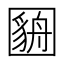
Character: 𫭓